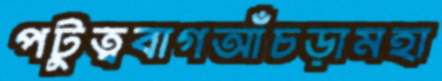
পটুত্ববাগআঁচড়ামহা